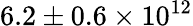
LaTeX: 6.2\pm 0.6\times 10^{12}